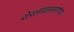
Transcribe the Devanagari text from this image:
शेरलाॅकप्रमाणेच